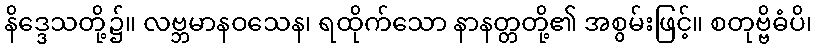
နိဒ္ဒေသတို့၌။ လဗ္ဘမာနဝသေန၊ ရထိုက်သော နာနတ္တတို့၏ အစွမ်းဖြင့်။ စတုဗ္ဗိဓံပိ၊